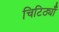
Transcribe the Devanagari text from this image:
चिटिठ्यॉँ